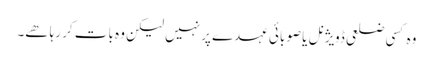
وہ کسی ضلعی ڈویژنل یا صوبائی عہدے پر نہیں لیکن وہ بات کر رہا ھے۔